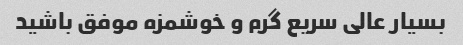
بسیار عالی سریع گرم و خوشمزه موفق باشید